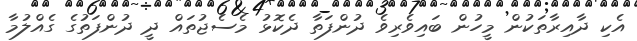
އެކި ދާއިރާތަކުން މީހުން ބައިވެރިވެ ދުންފަތާ ދެކޮޅު މެސެޖުތައް ދީ ދުންފަތުގެ ގެއްލުމާ